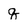
Character: q